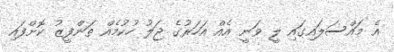
އެ މައްސަލައިގައި ލީ ވަނީ އެއް އަހަރުގެ ޖަލު ހުކުމެއް ތަންފީޒު ކޮށްފައި